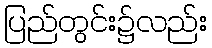
ပြည်တွင်း၌လည်း